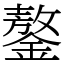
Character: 鏊